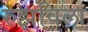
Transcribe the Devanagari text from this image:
रुझविला